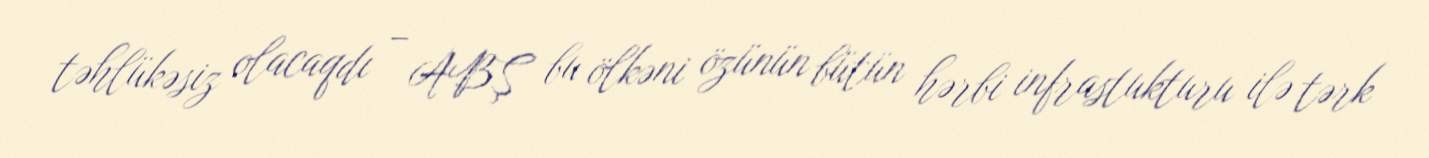
təhlükəsiz olacaqdı – ABŞ bu ölkəni özünün bütün hərbi infrastukturu ilə tərk